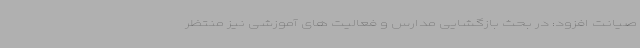
صیانت افزود: در بحث بازگشایی مدارس و فعالیت های آموزشی نیز منتظر